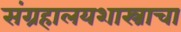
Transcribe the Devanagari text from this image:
संग्रहालयशास्त्राचा